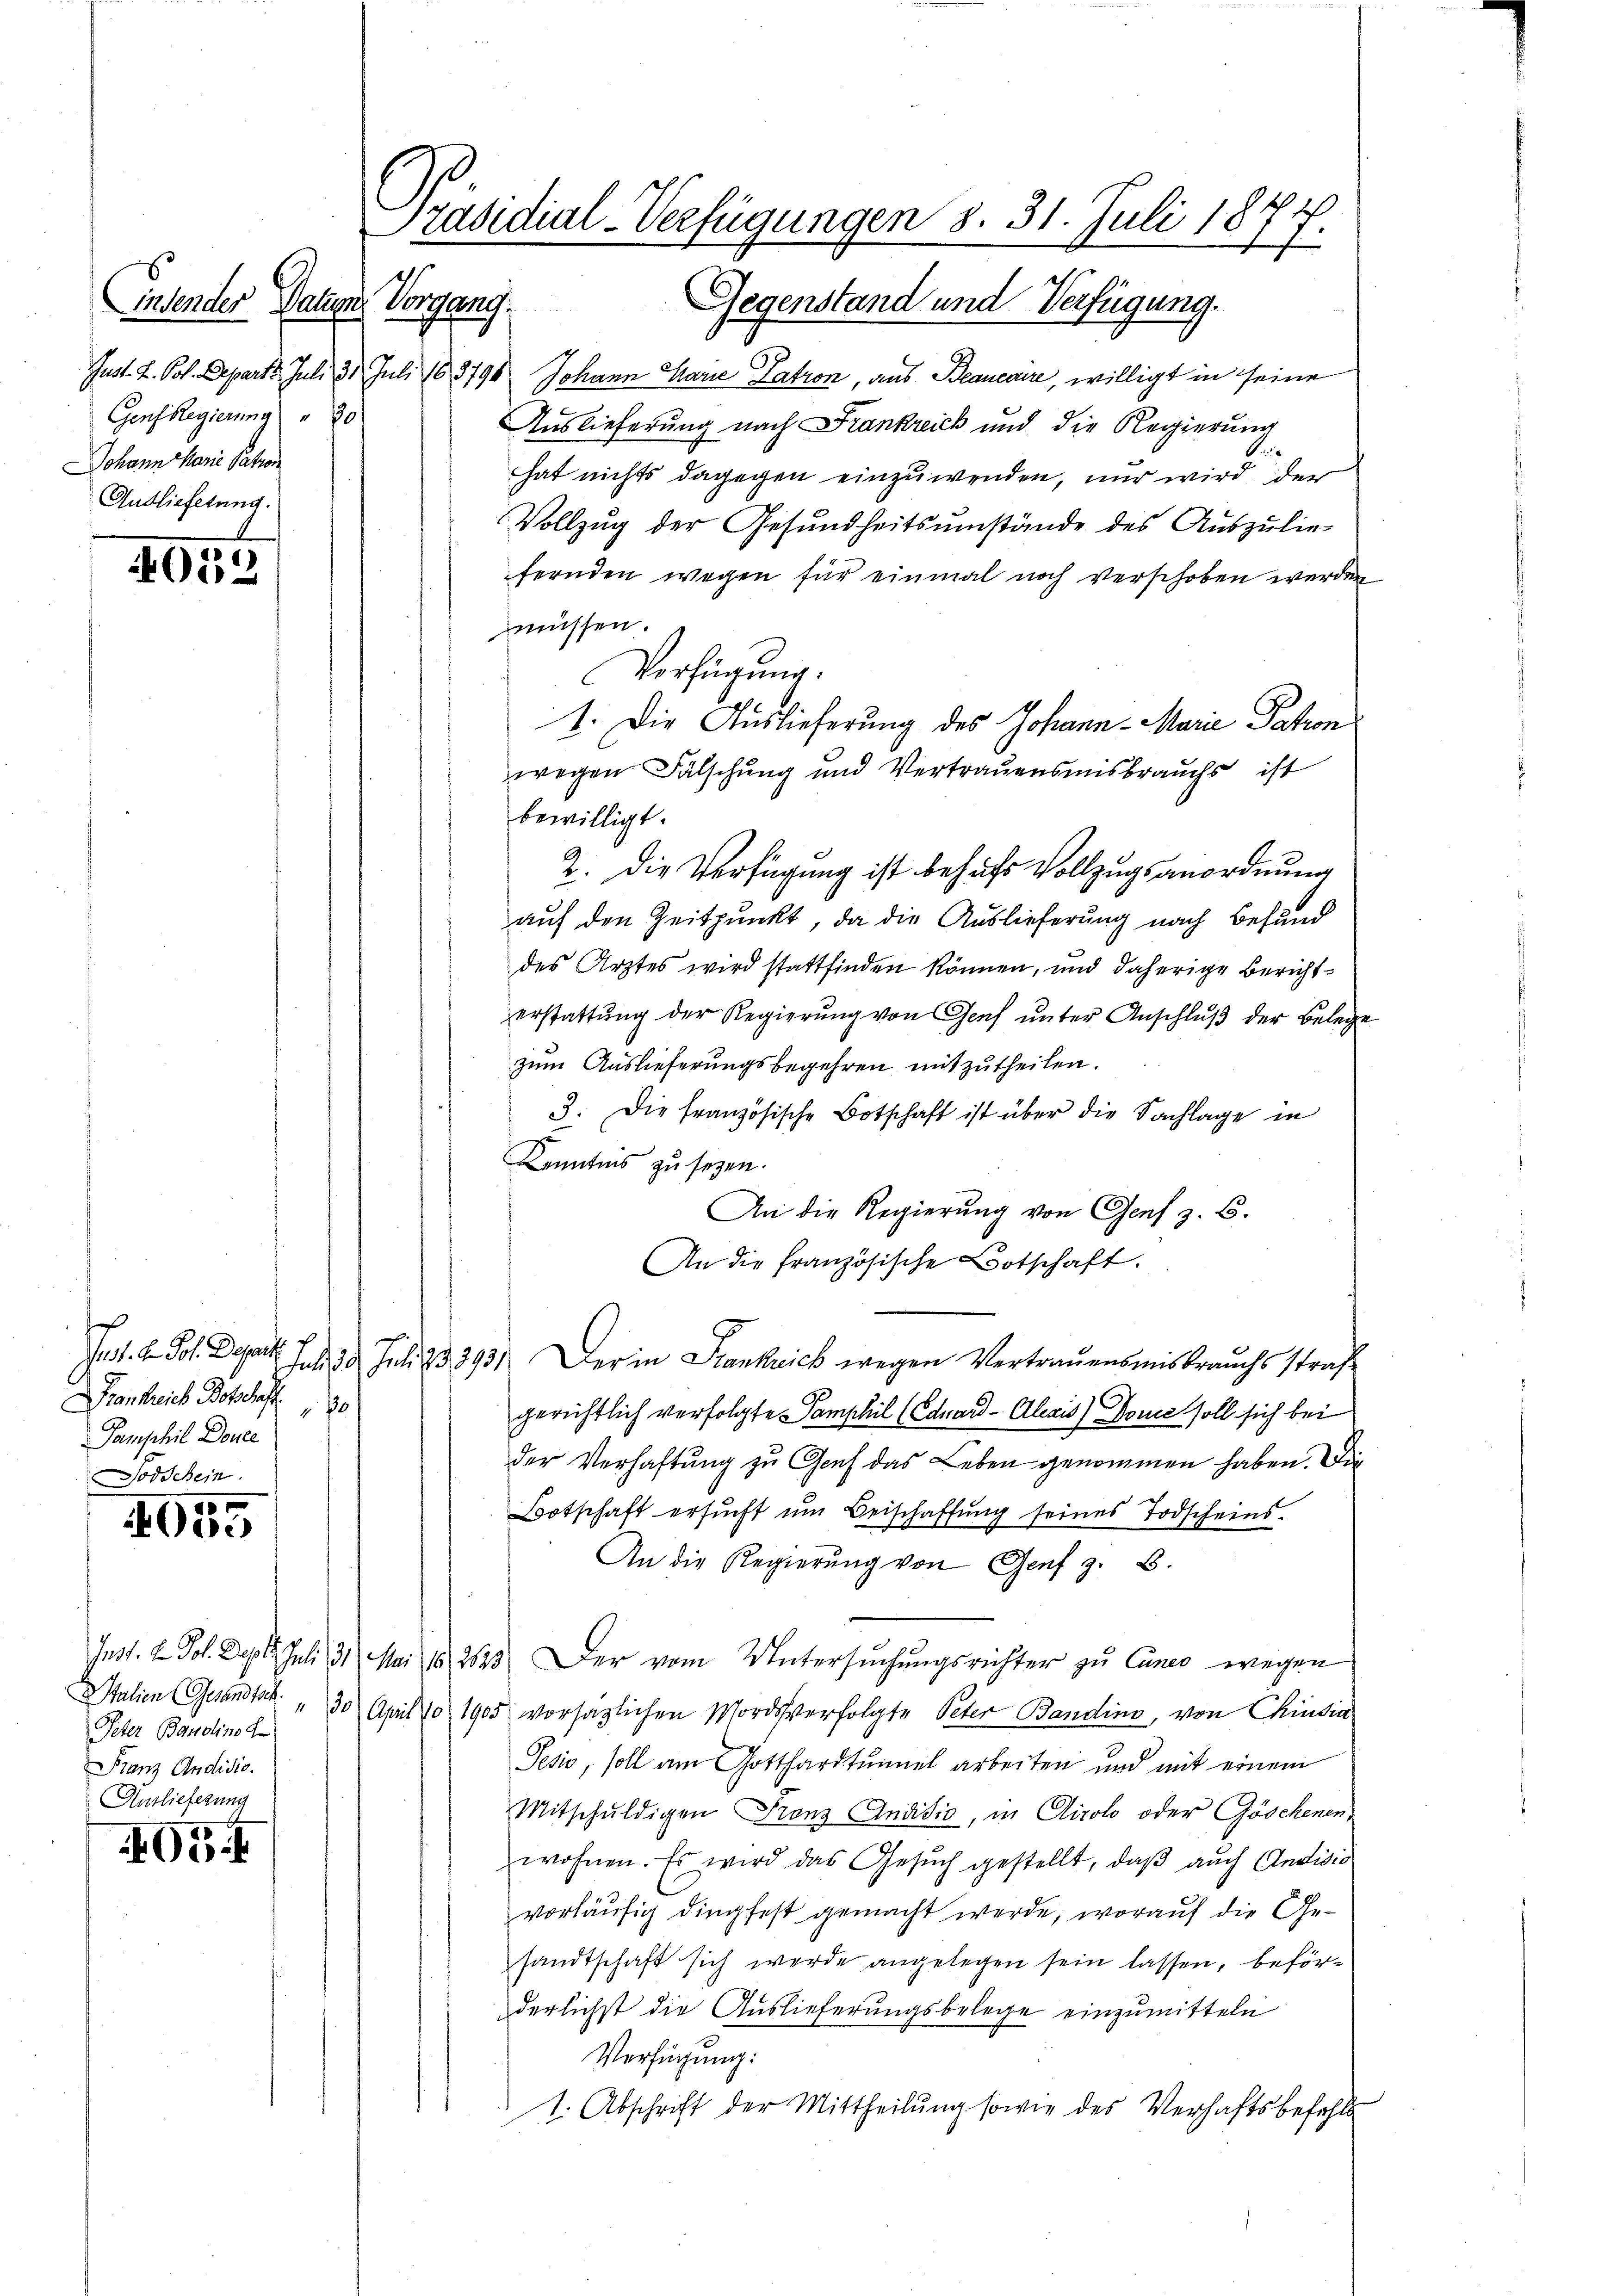
4055

.
650

Frankreich Botschaft
Pamphil Douce
Todschein.

Peter Bandinst
Franz Andidio.
Auslieferung

405.

indender Datum Vorgang
Genf Regierung " 20
Johann Marie Patron
Auslieferung.

Gegenstand und Verfügung.
Just. L. Pol. Depart. Juli 30. Juli 183798 Johann Marie Patron, aus Beaneaire, willigt in seine
Auslieferung nach Frankreich und die Regierung
hat nichts dagegen einzuwenden, nur wird der
Vollzug der Gesundheitsumstände des Auszulie-
fernden wegen für einmal noch verschoben werden
müssen.
1. Die Auslieferung des Johann - Marie Patron
wegen Fälschung und Vertrauensmisbrauchs ist
bewilligt.
2. Die Verfügung ist behufs Vollzugsanordnung
auf den Zeitpunkt, da die Auslieferung nach Befund
des Ärztes wird stattfinden können, und daherige Berichterstattŭng der Regierŭng von Genf ŭnter Anschlŭβ der Belege
zum Auslieferungsbegehren mitzutheilen.
3. Die französische Botschaft ist über die Sachlage in
Kenntnis zu seyen.
An die Regierung von Genf z. B.
An die französische Botschaft.
Jnst. H. Joh. Depart. 7 20 Juli 23393/ Der in Frankreich wegen Vertrauensmisbrauchs straf¬
0
gerichtlich verfolgte Samphil (Eduard - Alexis) Dome soll sich bei
der Verhaftŭng zŭ Genf das Leben genommen haben. Die
Botschaft ersŭcht ŭm Beischaffŭng seines Todscheins-
An die Regierŭng von Genf z. B.
Inst. v. Joh. Sept. Juli 31. Mai 182823. Der vom Untersuchungsrichter zu Canco wegen
talien (Gesandtik. " 30 April 10 1905 vorsätzlichen Mordesverfolgte Peter Bandins, von Chinsia
Pesio, soll am Gotthardtunnel arbeiten und mit einem
Mitschuldigen Franz Andidio, in Airolo oder Göschenen,
wohnen. Es wird das Gesŭch gestellt, daβ aŭch Andivis
vorläufig dingfest gemacht werde, worauf die Gesandtschaft sich werde angelegen sein lassen, beförderlichst die Auslieferungsbelege einzumitteln
Verfügung:
1. Abschrift der Mittheilung sowie des Verhaftsbefehls

Präsidial-Verfügungen d. 31. Juli 1877.

Verfügung.